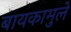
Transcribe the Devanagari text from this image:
बायकामुले